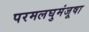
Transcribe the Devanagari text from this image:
परमलघुमंजूषा